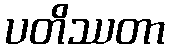
ပတိဿတာ